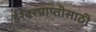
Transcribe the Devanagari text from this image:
ईश्वरप्राप्‍तीसाठी